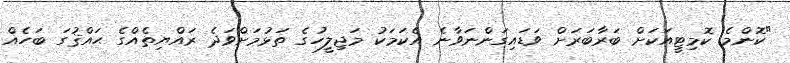
"ކޮންމެ ކޮމިޓީއަކަށް ބަރާބަރަށް ވަޑައިގަންނަވާނެ އެކަމަކު މަޖިލީހުގެ ތަޅުމަށްވަދެ ރައްޔިތެއްގެ ޙައްޤުގަ ބަހެއް